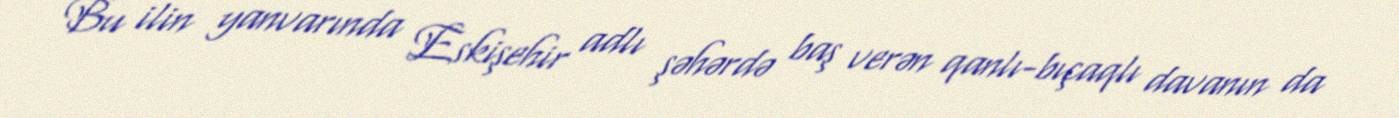
Bu ilin yanvarında Eskişehir adlı şəhərdə baş verən qanlı-bıçaqlı davanın da